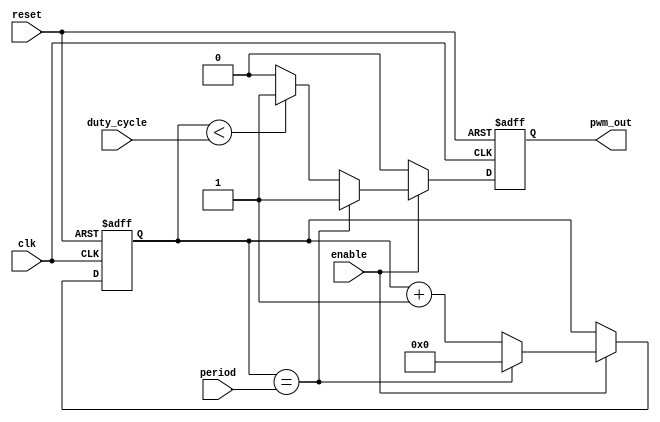
module pwm_timer (
    input wire clk,
    input wire reset,
    input wire enable,
    input wire [7:0] duty_cycle,
    input wire [15:0] period,
    output reg pwm_out
);

reg [15:0] counter;
reg comparator_out;

always @ (posedge clk or posedge reset) begin
    if (reset) begin
        counter <= 0;
        pwm_out <= 0;
    end else begin
        if (enable) begin
            if (counter == period) begin
                counter <= 0;
                pwm_out <= 1;
            end else begin
                counter <= counter + 1;
                if (counter < duty_cycle) begin
                    pwm_out <= 1;
                end else begin
                    pwm_out <= 0;
                end
            end
        end else begin
            pwm_out <= 0;
        end
    end
end

endmodule